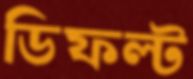
ডিফল্ট